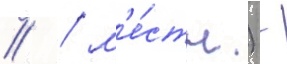
// / м'е́стн.) -